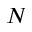
N